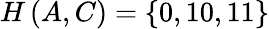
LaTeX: H\left(A,C\right)=\left\{ 0,10,11\right\}